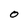
Character: O